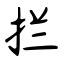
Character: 拦